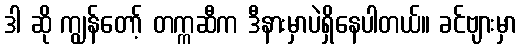
ဒါ ဆို ကျွန်တော့် တက္ကဆီက ဒီနားမှာပဲရှိနေပါတယ်။ ခင်ဗျားမှာ